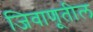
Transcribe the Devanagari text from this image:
जिवाणूतील